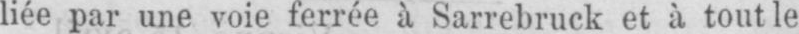
liée par une voie ferrée à Sarrebruck et à tout le